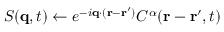
S ( \mathbf { q } , t ) \gets e ^ { - i \mathbf { q } \cdot ( \mathbf { r } - \mathbf { r ^ { \prime } } ) } C ^ { \alpha } ( \mathbf { r } - \mathbf { r ^ { \prime } } , t )